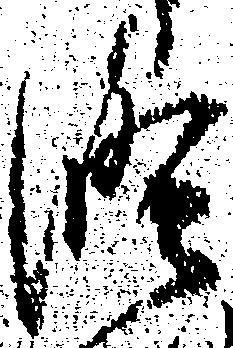
修